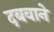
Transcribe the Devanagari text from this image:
दबवाने